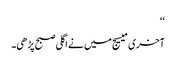
‘‘
آخری میسیج میں نے اگلی صبح پڑھی۔